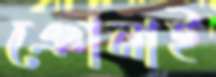
ঞোনাই